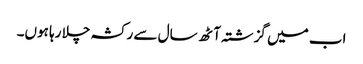
اب میں گزشتہ آٹھ سال سے رکشہ چلا رہا ہوں۔